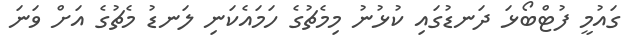
ގައުމީ ފުޓްބޯޅަ ދަނޑުގައި ކުޅުނު މިމެޗުގެ ހަމައެކަނި ލަނޑު މެޗުގެ އަށް ވަނަ